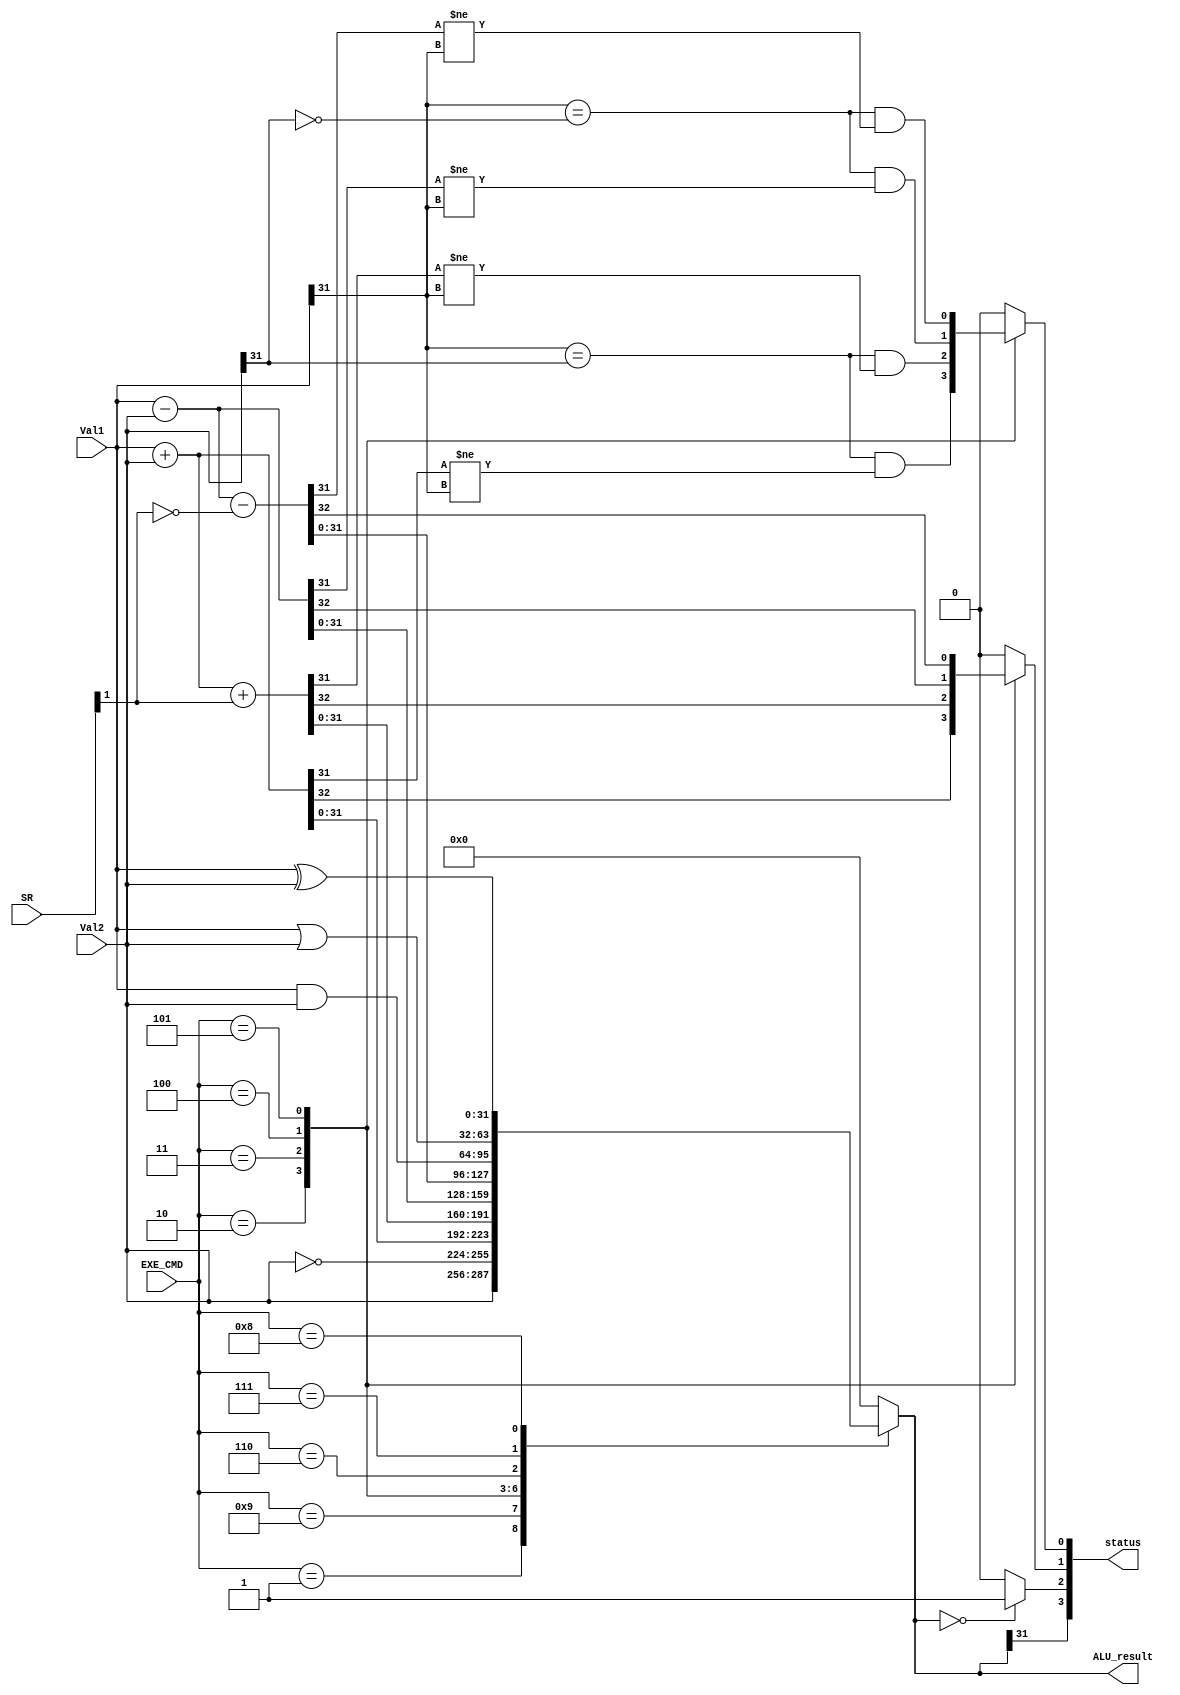
module ALU(
  input[3:0] EXE_CMD,
  input[31:0] Val1, Val2,
  input[3:0] SR,
  output[3:0] status,
  output reg[31:0] ALU_result
);


  wire Nin,Zin,Cin,Vin;
  wire N,Z;
  reg C,V;

  assign {Nin,Zin,Cin,Vin}=SR;
  assign status={N,Z,C,V};
  assign N=ALU_result[31];
  assign Z=(ALU_result==0) ? 1'b1 : 1'b0;
  parameter [3:0] MOV=4'b0001,MVN=4'b1001,ADD=4'b0010,ADC=4'b0011,
                SUB=4'b0100,AND=4'b0110,SBC=4'b0101,
                ORR=4'b0111,EOR=4'b1000,CMP=4'b0100,
                TST=4'b0110,LDR=4'b0010,STR=4'b0010;
  always@(*)
  begin
    case(EXE_CMD)
      MOV: begin ALU_result=Val2; C=0; V=0; end
      MVN: begin ALU_result=~Val2; C=0; V=0; end
      ADD: begin
        {C,ALU_result}=Val1+Val2;
        V=((Val1[31] == Val2[31]) & (ALU_result[31] != Val1[31]));
      end
      ADC: begin
        {C,ALU_result}=Val1+Val2+{31'b0,Cin};
        V=((Val1[31] == Val2[31]) & (ALU_result[31] != Val1[31]));
      end
      SUB: begin
        {C,ALU_result}=Val1-Val2;
        V=((Val1[31] == ~Val2[31]) & (ALU_result[31] != Val1[31]));
      end
      SBC: begin
        {C,ALU_result}=Val1-Val2-{31'b0,~Cin};
        V=((Val1[31] == ~Val2[31]) & (ALU_result[31] != Val1[31]));
      end
      AND: begin ALU_result=Val1 & Val2; C=0; V=0; end
      ORR: begin ALU_result=Val1 | Val2; C=0; V=0; end
      EOR: begin ALU_result=Val1 ^ Val2; C=0; V=0; end
      default: begin ALU_result=0; C=0; V=0; end
    endcase
  end

endmodule